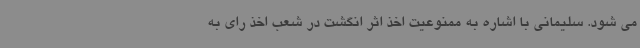
می شود. سلیمانی با اشاره به ممنوعیت اخذ اثر انگشت در شعب اخذ رای به